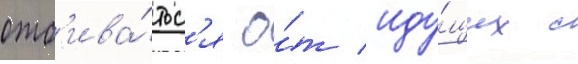
отб'ива́тьс'я о́т иду́щих с